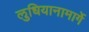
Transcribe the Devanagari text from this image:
लुधियानामार्गे